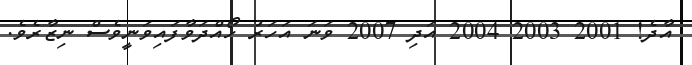
އާދެ! 2001 2003 2004 އަދި 2007 ވަނަ އަހަަރު ހޯއްދަވާފައިވަނީވެސް ނިޒާރެވެ.